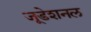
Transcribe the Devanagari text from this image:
जूडेशनल